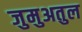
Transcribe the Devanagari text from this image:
जुमुअतुल